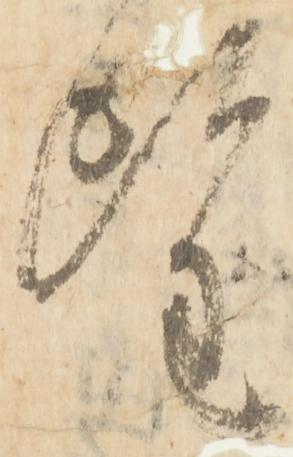
望